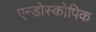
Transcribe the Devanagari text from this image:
एन्डोस्कोपिक